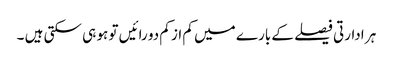
ہر ادارتی فیصلے کے بارے میں کم از کم دو رائیں تو ہو ہی سکتی ہیں ۔